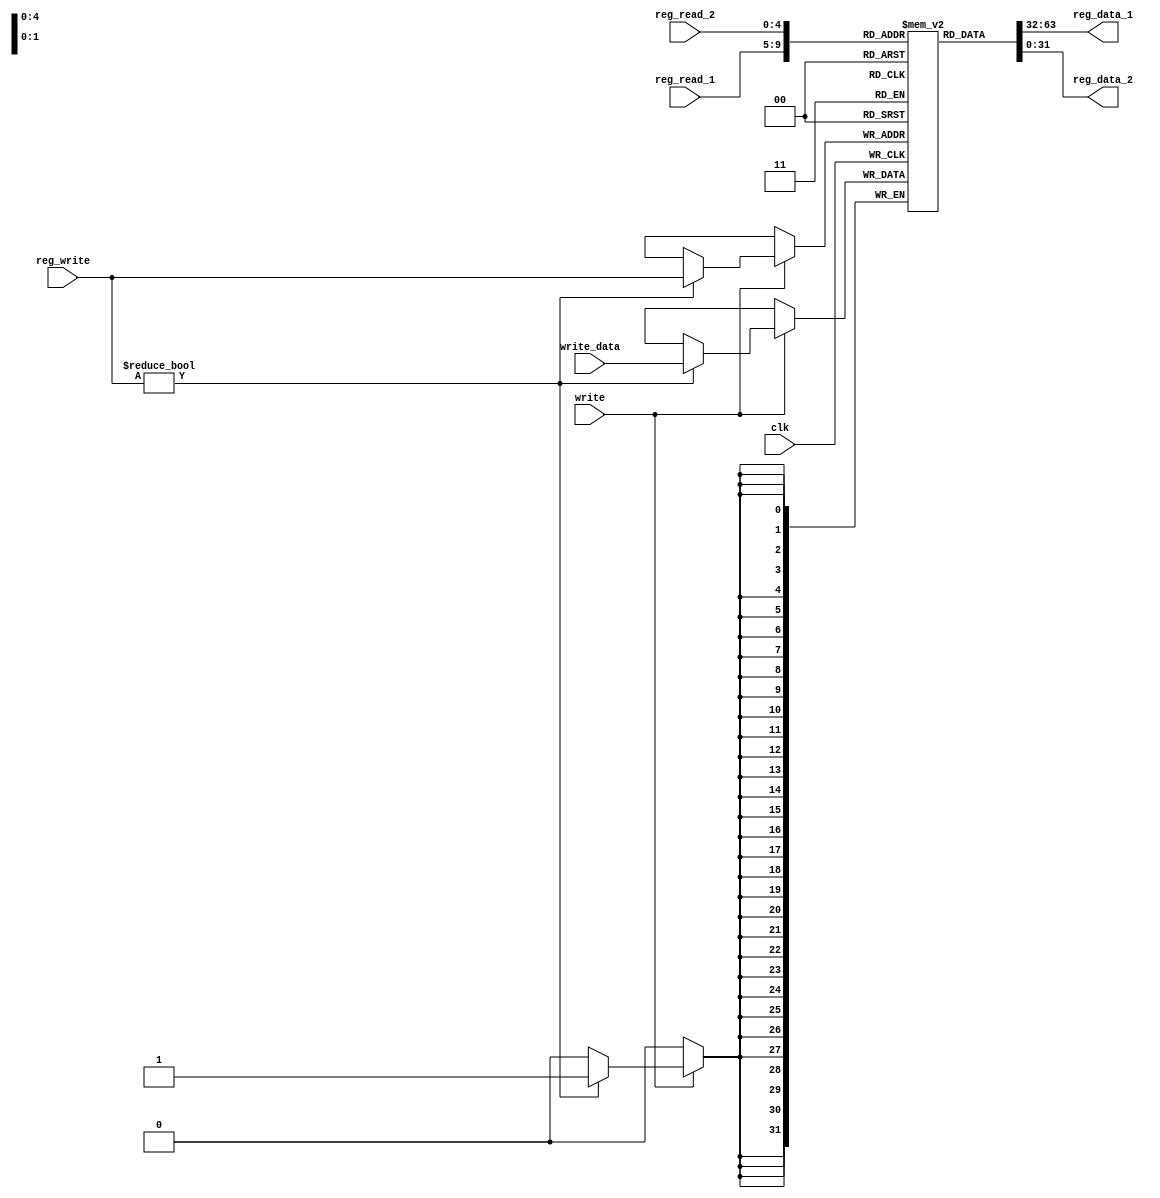
`timescale 1ns / 1ps
module reg_FILE (
	input 		      clk,
	input 		      write,
	input             [4:0]  reg_read_1 ,
	input             [4:0]  reg_read_2 ,
	input             [4:0]  reg_write  ,
	input             [31:0] write_data ,
	output  /*reg*/   [31:0] reg_data_1 ,
	output  /*reg*/   [31:0] reg_data_2
);

	reg [31:0] file [0:31]; //there is a zero reg with 0 value

	// first read then write (half write / half read)
	assign reg_data_1 = file[reg_read_1];
	assign reg_data_2 = file[reg_read_2];

	always @(posedge clk) begin
	//	// first read then write (half write / half read)
	//	reg_data_1 = file[reg_read_1];
	//	reg_data_2 = file[reg_read_2];
		
		if(write)
			if(reg_write!=0)
				file[reg_write] =  write_data;
			else
				$display("write on $0");
	end


	integer i;
	initial
		for(i=0; i <32; i = i+1)
			file[i]=i; // 0 but for test i use index

endmodule